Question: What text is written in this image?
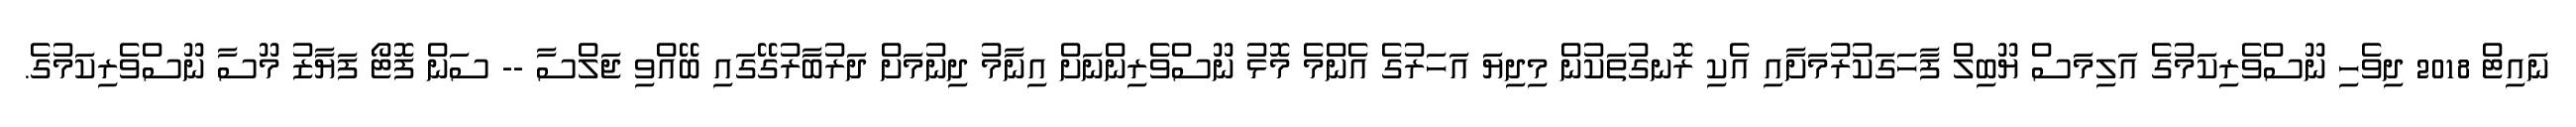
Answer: ނައިޓް 2018 ދިވެހި ނޫސްވެރިކަމުގެ އަލިމަސް ޔޫބިލް ފާހަގަކުރުމަށާއި އެކި ރޮނގުތަކުން މިދިޔަ އަހަރުގެ އެންމެ މޮޅު ނޫސްވެރިންނަށް އިނާމު ދިނުމަށް ދަރުބާރުގޭގައި ބޭއްވި ޖަލްސާ -- ސަން ފޮޓޯ ފަޔާޒު މޫސާ ނޫސްވެރިކަމުގެ.